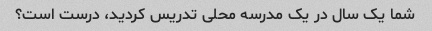
شما یک سال در یک مدرسه محلی تدریس کردید، درست است؟